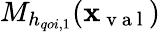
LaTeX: M_{h_{qoi,1}}(\mathbf{x}_{\mathrm{{~v~a~l~}}})